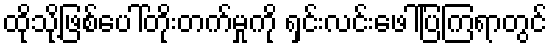
ထိုသို့ဖြစ်ပေါ်တိုးတက်မှုကို ရှင်းလင်းဖေါ်ပြကြရာတွင်